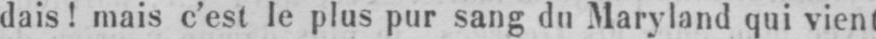
dais! mais c’est le plus pur sang du Maryland qui vient